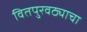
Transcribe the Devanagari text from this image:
वितपुरवठ्याचा